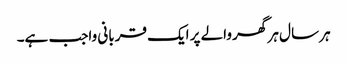
ہر سال ہر گھر والے پر ایک قربانی واجب ہے۔